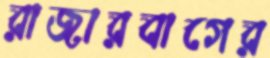
রাজারবাগের